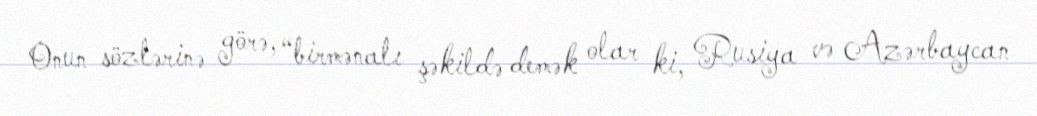
Onun sözlərinə görə, “birmənalı şəkildə demək olar ki, Rusiya və Azərbaycan